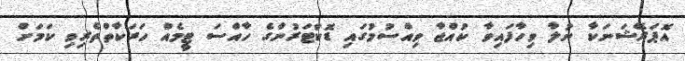
އޮޕަރޭޝަނަކާ ނުލާ ވިހާފައިވާ ކުއްޖާ ވިއްސުމުގައި ޑޮކްޓަރުންގެ ހާއްސަ ޓީމެއް ހަރަކާތްތެރިވި ކަމަށް